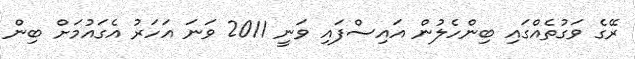
ރޭގެ ވަގުތެއްގައި ބިންހެލުން އައިސްފައި ވަނީ 2011 ވަނަ އަހަރު އެގައުމަށް ބިން